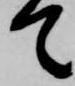
て